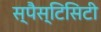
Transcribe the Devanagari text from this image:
स्पैस्टिसिटी